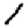
Digit: 1